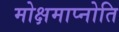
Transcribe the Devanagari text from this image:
मोक्षमाप्नोति